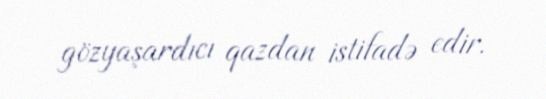
gözyaşardıcı qazdan istifadə edir.